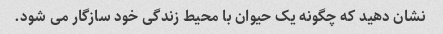
نشان دهید که چگونه یک حیوان با محیط زندگی خود سازگار می شود.